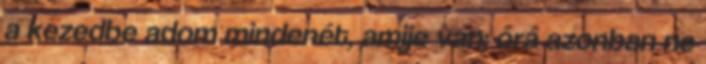
a kezedbe adom mindenét, amije van; őrá azonban ne